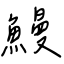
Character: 鰻